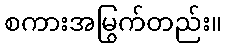
စကားအမြွက်တည်း။